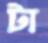
টা